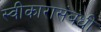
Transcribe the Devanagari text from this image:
स्वीकारासंबंधी